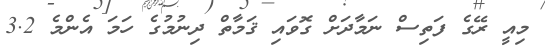
މިއީ ރޭގެ ފަތިސް ނަމާދަށް ގޮވައި ޤަމާތް ދިނުމުގެ ހަމަ އެންމެ 3.2